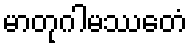
မာတုဂါမဿေတံ